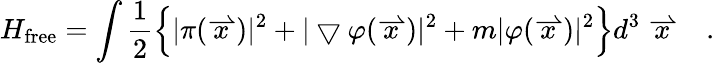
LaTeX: H_{\mathrm{free}}=\int\frac{1}{2}\left\{ |\pi(\stackrel{\rightharpoonup}{x})|^{2}+|\bigtriangledown\varphi(\stackrel{\rightharpoonup}{x})|^{2}+m|\varphi(\stackrel{\rightharpoonup}{x})|^{2}\right\} d^{3}\stackrel{\rightharpoonup}{x}\ \ \ .